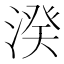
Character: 湀